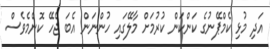
އަދި މުޅި ކެމްޕޭނުގެ ކަންކަން ކުރުމަށް މާލޭގައި ހުންނަން އެބަ ޖެހޭ ކޮންމެވެސް